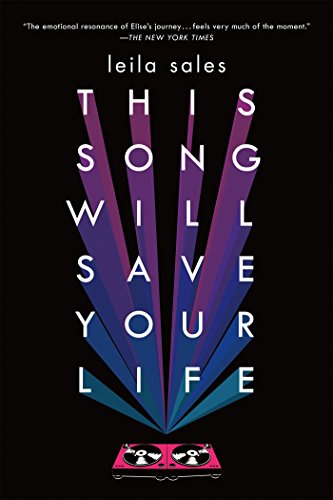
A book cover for This Song Will Save Your Life; Leila Sales; Teen & Young Adult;